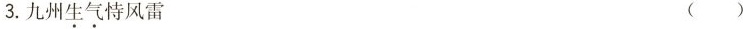
3.九州生气恃风雷 ()